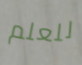
للعلم